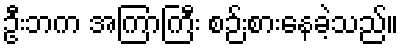
ဦးဘက အကြာကြီး စဉ်းစားနေခဲ့သည်။